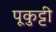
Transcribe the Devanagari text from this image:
पूकुट्टी